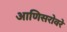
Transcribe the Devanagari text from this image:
आणिसरोवरे